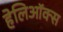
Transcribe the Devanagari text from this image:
हेलिऑक्स